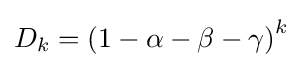
D_{k}=\left(1-\alpha -\beta -\gamma \right)^{k}